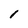
Character: 1